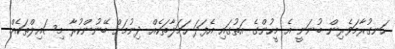
ހަނގުރާމަވެރިން ބުނަނީ އެ މީހުންގެ އަތުގައި އެފަދަ ހަމަލާތަކެއް ދިނުމަށް ބޭނުންކުރާ މިސައިލްތަކެއް